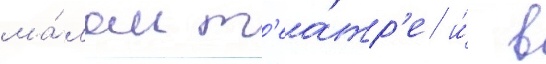
ма́лом т'еа́тр'е и́ в